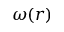
\omega ( r )